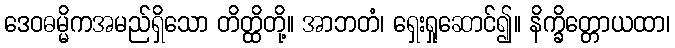
ဒေဝဓမ္မိကအမည်ရှိသော တိတ္ထိတို့။ အာဘတံ၊ ရှေးရှုဆောင်၍။ နိက္ခိတ္တောယထာ၊